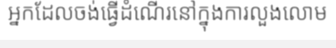
អ្នកដែលចង់ធ្វើដំណើរនៅក្នុងការលួងលោម